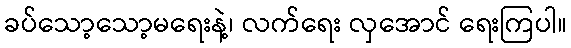
ခပ်သော့သော့မရေးနဲ့၊ လက်ရေး လှအောင် ရေးကြပါ။